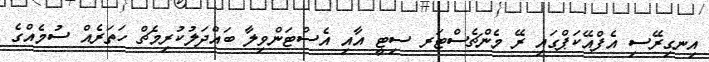
އިނގިރޭސި އެފްއޭކަޕްގައި ރޭ މެންޗެސްޓަރ ސިޓީ އާއި އެސްޓަންވިލާ ބައްދަލުކުރިމެޗް ހަތަރެއް ސުމެއްގެ